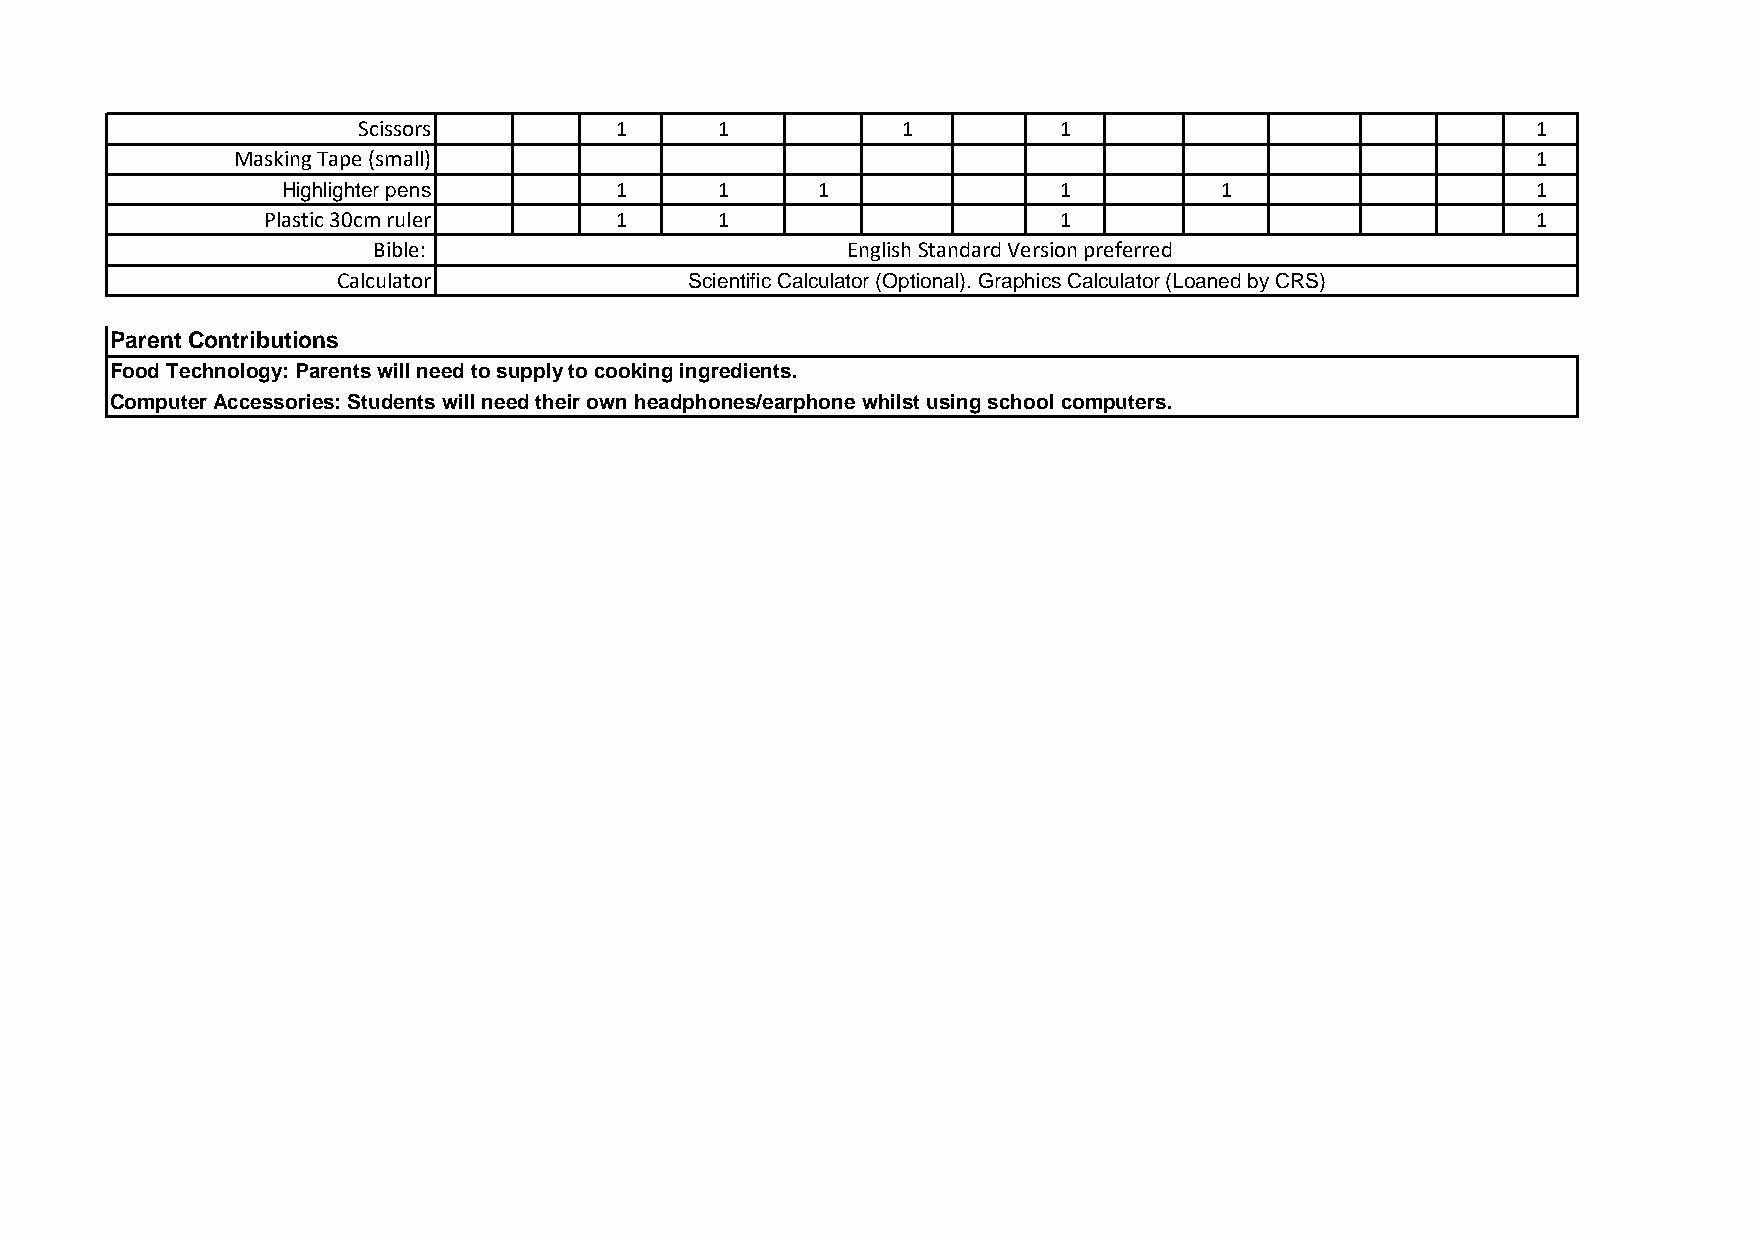
Scissors         1      1           1         1                               1
 Masking Tape (small)                                                                   1
 Highlighter pens      1      1     1               1          1                    1
 Plastic 30cm ruler      1      1                     1                               1
 Bible:                         English Standard Version preferred
 Calculator              Scientific Calculator (Optional). Graphics Calculator (Loaned by CRS)
 Parent Contributions
 Food Technology: Parents will need to supply to cooking ingredients.
 Computer Accessories: Students will need their own headphones/earphone whilst using school computers.